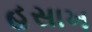
હસાખ